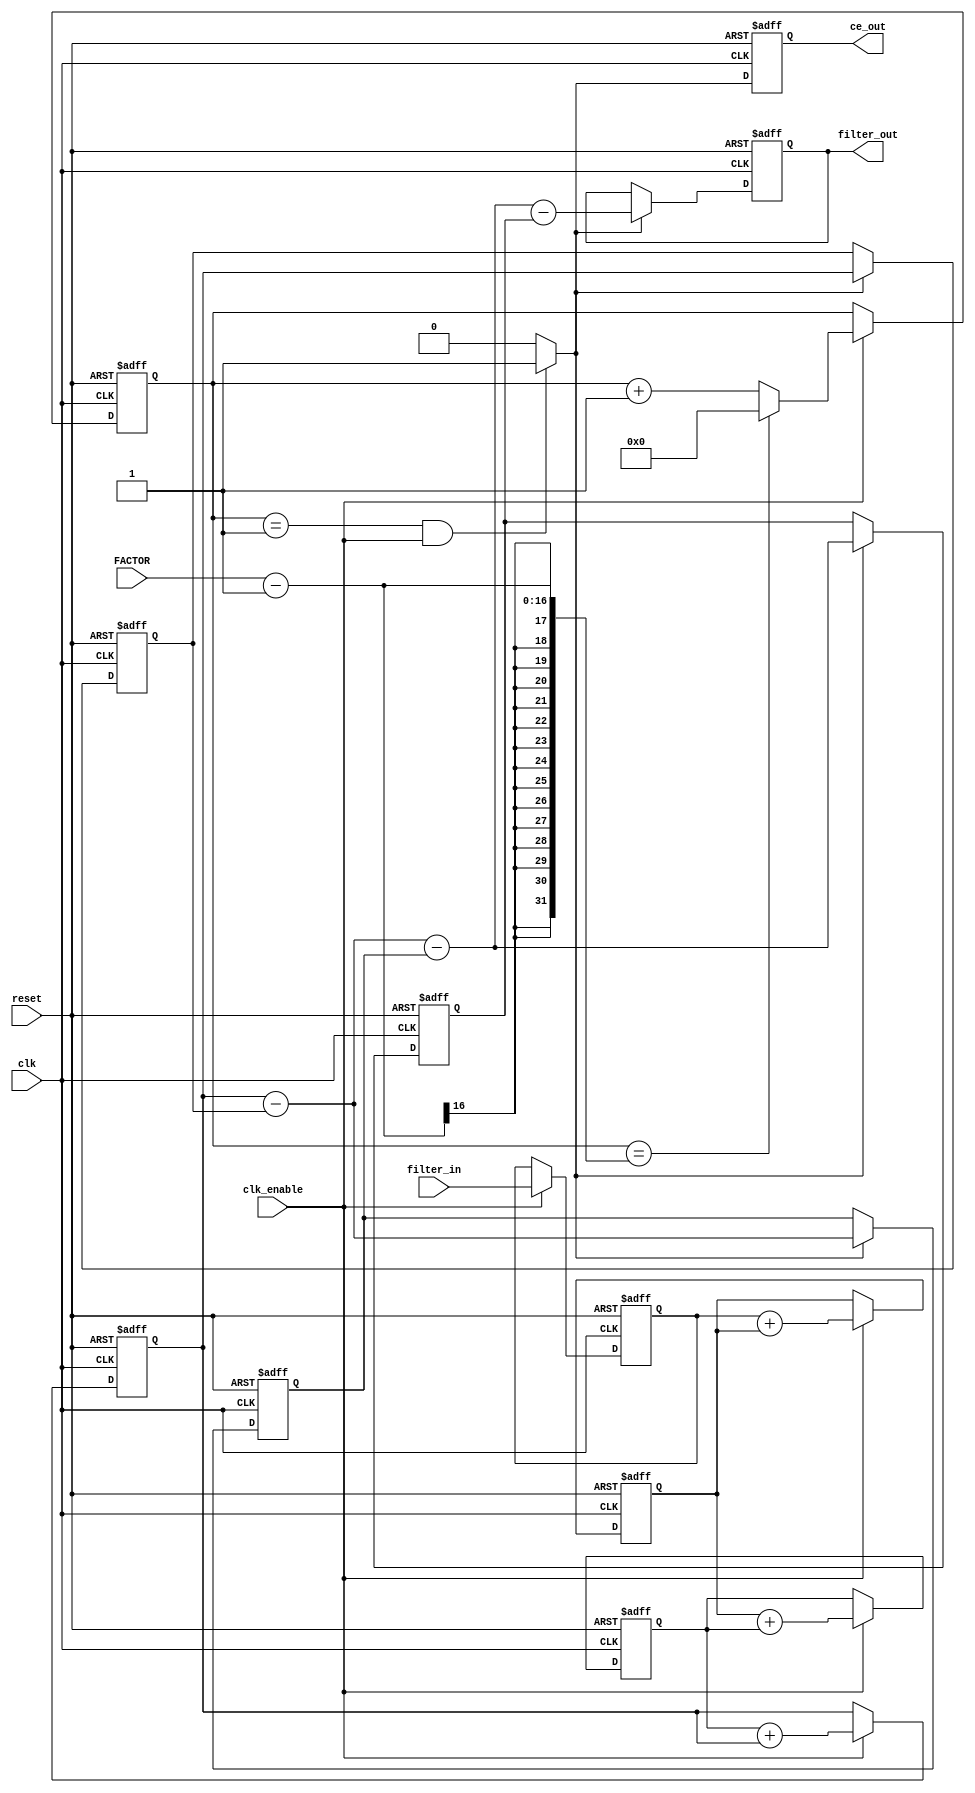
// This program was cloned from: https://github.com/Nitcloud/Digital-IDE
// License: GNU General Public License v3.0

`timescale 1 ns / 1 ns
module CIC_DOWN_S3 #(
	parameter INPUT_WIDTH  = 12,
	parameter OUTPUT_WIDTH = 15
) (
	input   						  clk,
	input   						  clk_enable,
	input   						  reset,
	input		   [15:0]			  FACTOR,
	input   signed [INPUT_WIDTH-1:0]  filter_in,
	output  signed [OUTPUT_WIDTH-1:0] filter_out,
	output  						  ce_out
);

localparam FILTER_WIDTH = OUTPUT_WIDTH;
////////////////////////////////////////////////////////////////
//Module Architecture: CIC_DOWN_S3
////////////////////////////////////////////////////////////////
  // Local Functions
  // Type Definitions
  // Constants
  // Signals
  reg  [15:0] cur_count = 0; // ufix2
  wire phase_1; // boolean
  reg  ce_out_reg = 0; // boolean
  //   
  reg  signed [INPUT_WIDTH-1:0] input_register = 0; // sfix12_En11
  //   -- Section 1 Signals 
  wire signed [INPUT_WIDTH-1:0] section_in1; // sfix12_En11
  wire signed [FILTER_WIDTH-1:0] section_cast1; // sfix15_En11
  wire signed [FILTER_WIDTH-1:0] sum1; // sfix15_En11
  reg  signed [FILTER_WIDTH-1:0] section_out1 = 0; // sfix15_En11
  wire signed [FILTER_WIDTH-1:0] add_cast; // sfix15_En11
  wire signed [FILTER_WIDTH-1:0] add_cast_1; // sfix15_En11
  wire signed [FILTER_WIDTH:0] add_temp; // sfix16_En11
  //   -- Section 2 Signals 
  wire signed [FILTER_WIDTH-1:0] section_in2; // sfix15_En11
  wire signed [FILTER_WIDTH-1:0] sum2; // sfix15_En11
  reg  signed [FILTER_WIDTH-1:0] section_out2 = 0; // sfix15_En11
  wire signed [FILTER_WIDTH-1:0] add_cast_2; // sfix15_En11
  wire signed [FILTER_WIDTH-1:0] add_cast_3; // sfix15_En11
  wire signed [FILTER_WIDTH:0] add_temp_1; // sfix16_En11
  //   -- Section 3 Signals 
  wire signed [FILTER_WIDTH-1:0] section_in3; // sfix15_En11
  wire signed [FILTER_WIDTH-1:0] sum3; // sfix15_En11
  reg  signed [FILTER_WIDTH-1:0] section_out3 = 0; // sfix15_En11
  wire signed [FILTER_WIDTH-1:0] add_cast_4; // sfix15_En11
  wire signed [FILTER_WIDTH-1:0] add_cast_5; // sfix15_En11
  wire signed [FILTER_WIDTH:0] add_temp_2; // sfix16_En11
  //   -- Section 4 Signals 
  wire signed [FILTER_WIDTH-1:0] section_in4; // sfix15_En11
  reg  signed [FILTER_WIDTH-1:0] diff1 = 0; // sfix15_En11
  wire signed [FILTER_WIDTH-1:0] section_out4; // sfix15_En11
  wire signed [FILTER_WIDTH-1:0] sub_cast; // sfix15_En11
  wire signed [FILTER_WIDTH-1:0] sub_cast_1; // sfix15_En11
  wire signed [FILTER_WIDTH:0] sub_temp; // sfix16_En11
  //   -- Section 5 Signals 
  wire signed [FILTER_WIDTH-1:0] section_in5; // sfix15_En11
  reg  signed [FILTER_WIDTH-1:0] diff2 = 0; // sfix15_En11
  wire signed [FILTER_WIDTH-1:0] section_out5; // sfix15_En11
  wire signed [FILTER_WIDTH-1:0] sub_cast_2; // sfix15_En11
  wire signed [FILTER_WIDTH-1:0] sub_cast_3; // sfix15_En11
  wire signed [FILTER_WIDTH:0] sub_temp_1; // sfix16_En11
  //   -- Section 6 Signals 
  wire signed [FILTER_WIDTH-1:0] section_in6; // sfix15_En11
  reg  signed [FILTER_WIDTH-1:0] diff3 = 0; // sfix15_En11
  wire signed [FILTER_WIDTH-1:0] section_out6; // sfix15_En11
  wire signed [FILTER_WIDTH-1:0] sub_cast_4; // sfix15_En11
  wire signed [FILTER_WIDTH-1:0] sub_cast_5; // sfix15_En11
  wire signed [FILTER_WIDTH:0] sub_temp_2; // sfix16_En11
  //   
  reg  signed [FILTER_WIDTH-1:0] output_register = 0; // sfix15_En11

  // Block Statements
  //   ------------------ CE Output Generation ------------------

  always @ (posedge clk or posedge reset)
    begin: ce_output
      if (reset == 1'b1) begin
        cur_count <= 16'd0;
      end
      else begin
        if (clk_enable == 1'b1) begin
          if (cur_count == FACTOR-1) begin
            cur_count <= 16'd0;
          end
          else begin
            cur_count <= cur_count + 1;
          end
        end
      end
    end // ce_output

  assign  phase_1 = (cur_count == 16'd1 && clk_enable == 1'b1)? 1 : 0;

  //   ------------------ CE Output Register ------------------

  always @ (posedge clk or posedge reset)
    begin: ce_output_register
      if (reset == 1'b1) begin
        ce_out_reg <= 1'b0;
      end
      else begin
          ce_out_reg <= phase_1;
      end
    end // ce_output_register

  //   ------------------ Input Register ------------------

  always @ (posedge clk or posedge reset)
    begin: input_reg_process
      if (reset == 1'b1) begin
        input_register <= 0;
      end
      else begin
        if (clk_enable == 1'b1) begin
          input_register <= filter_in;
        end
      end
    end // input_reg_process

  //   ------------------ Section # 1 : Integrator ------------------

  assign section_in1 = input_register;

  assign section_cast1 = $signed({{(FILTER_WIDTH-INPUT_WIDTH){section_in1[INPUT_WIDTH-1]}}, section_in1});

  assign add_cast = section_cast1;
  assign add_cast_1 = section_out1;
  assign add_temp = add_cast + add_cast_1;
  assign sum1 = add_temp[FILTER_WIDTH-1:0];

  always @ (posedge clk or posedge reset)
    begin: integrator_delay_section1
      if (reset == 1'b1) begin
        section_out1 <= 0;
      end
      else begin
        if (clk_enable == 1'b1) begin
          section_out1 <= sum1;
        end
      end
    end // integrator_delay_section1

  //   ------------------ Section # 2 : Integrator ------------------

  assign section_in2 = section_out1;

  assign add_cast_2 = section_in2;
  assign add_cast_3 = section_out2;
  assign add_temp_1 = add_cast_2 + add_cast_3;
  assign sum2 = add_temp_1[FILTER_WIDTH-1:0];

  always @ (posedge clk or posedge reset)
    begin: integrator_delay_section2
      if (reset == 1'b1) begin
        section_out2 <= 0;
      end
      else begin
        if (clk_enable == 1'b1) begin
          section_out2 <= sum2;
        end
      end
    end // integrator_delay_section2

  //   ------------------ Section # 3 : Integrator ------------------

  assign section_in3 = section_out2;

  assign add_cast_4 = section_in3;
  assign add_cast_5 = section_out3;
  assign add_temp_2 = add_cast_4 + add_cast_5;
  assign sum3 = add_temp_2[FILTER_WIDTH-1:0];

  always @ (posedge clk or posedge reset)
    begin: integrator_delay_section3
      if (reset == 1'b1) begin
        section_out3 <= 0;
      end
      else begin
        if (clk_enable == 1'b1) begin
          section_out3 <= sum3;
        end
      end
    end // integrator_delay_section3

  //   ------------------ Section # 4 : Comb ------------------

  assign section_in4 = section_out3;

  assign sub_cast = section_in4;
  assign sub_cast_1 = diff1;
  assign sub_temp = sub_cast - sub_cast_1;
  assign section_out4 = sub_temp[FILTER_WIDTH:0];

  always @ (posedge clk or posedge reset)
    begin: comb_delay_section4
      if (reset == 1'b1) begin
        diff1 <= 0;
      end
      else begin
        if (phase_1 == 1'b1) begin
          diff1 <= section_in4;
        end
      end
    end // comb_delay_section4

  //   ------------------ Section # 5 : Comb ------------------

  assign section_in5 = section_out4;

  assign sub_cast_2 = section_in5;
  assign sub_cast_3 = diff2;
  assign sub_temp_1 = sub_cast_2 - sub_cast_3;
  assign section_out5 = sub_temp_1[FILTER_WIDTH-1:0];

  always @ (posedge clk or posedge reset)
    begin: comb_delay_section5
      if (reset == 1'b1) begin
        diff2 <= 0;
      end
      else begin
        if (phase_1 == 1'b1) begin
          diff2 <= section_in5;
        end
      end
    end // comb_delay_section5

  //   ------------------ Section # 6 : Comb ------------------

  assign section_in6 = section_out5;

  assign sub_cast_4 = section_in6;
  assign sub_cast_5 = diff3;
  assign sub_temp_2 = sub_cast_4 - sub_cast_5;
  assign section_out6 = sub_temp_2[FILTER_WIDTH-1:0];

  always @ (posedge clk or posedge reset)
    begin: comb_delay_section6
      if (reset == 1'b1) begin
        diff3 <= 0;
      end
      else begin
        if (phase_1 == 1'b1) begin
          diff3 <= section_in6;
        end
      end
    end // comb_delay_section6

  //   ------------------ Output Register ------------------

  always @ (posedge clk or posedge reset)
    begin: output_reg_process
      if (reset == 1'b1) begin
        output_register <= 0;
      end
      else begin
        if (phase_1 == 1'b1) begin
          output_register <= section_out6;
        end
      end
    end // output_reg_process

  // Assignment Statements
  assign ce_out = ce_out_reg;
  assign filter_out = output_register;
endmodule  // CIC_DOWN_S3